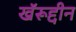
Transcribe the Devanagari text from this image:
खॅरूद्दीन